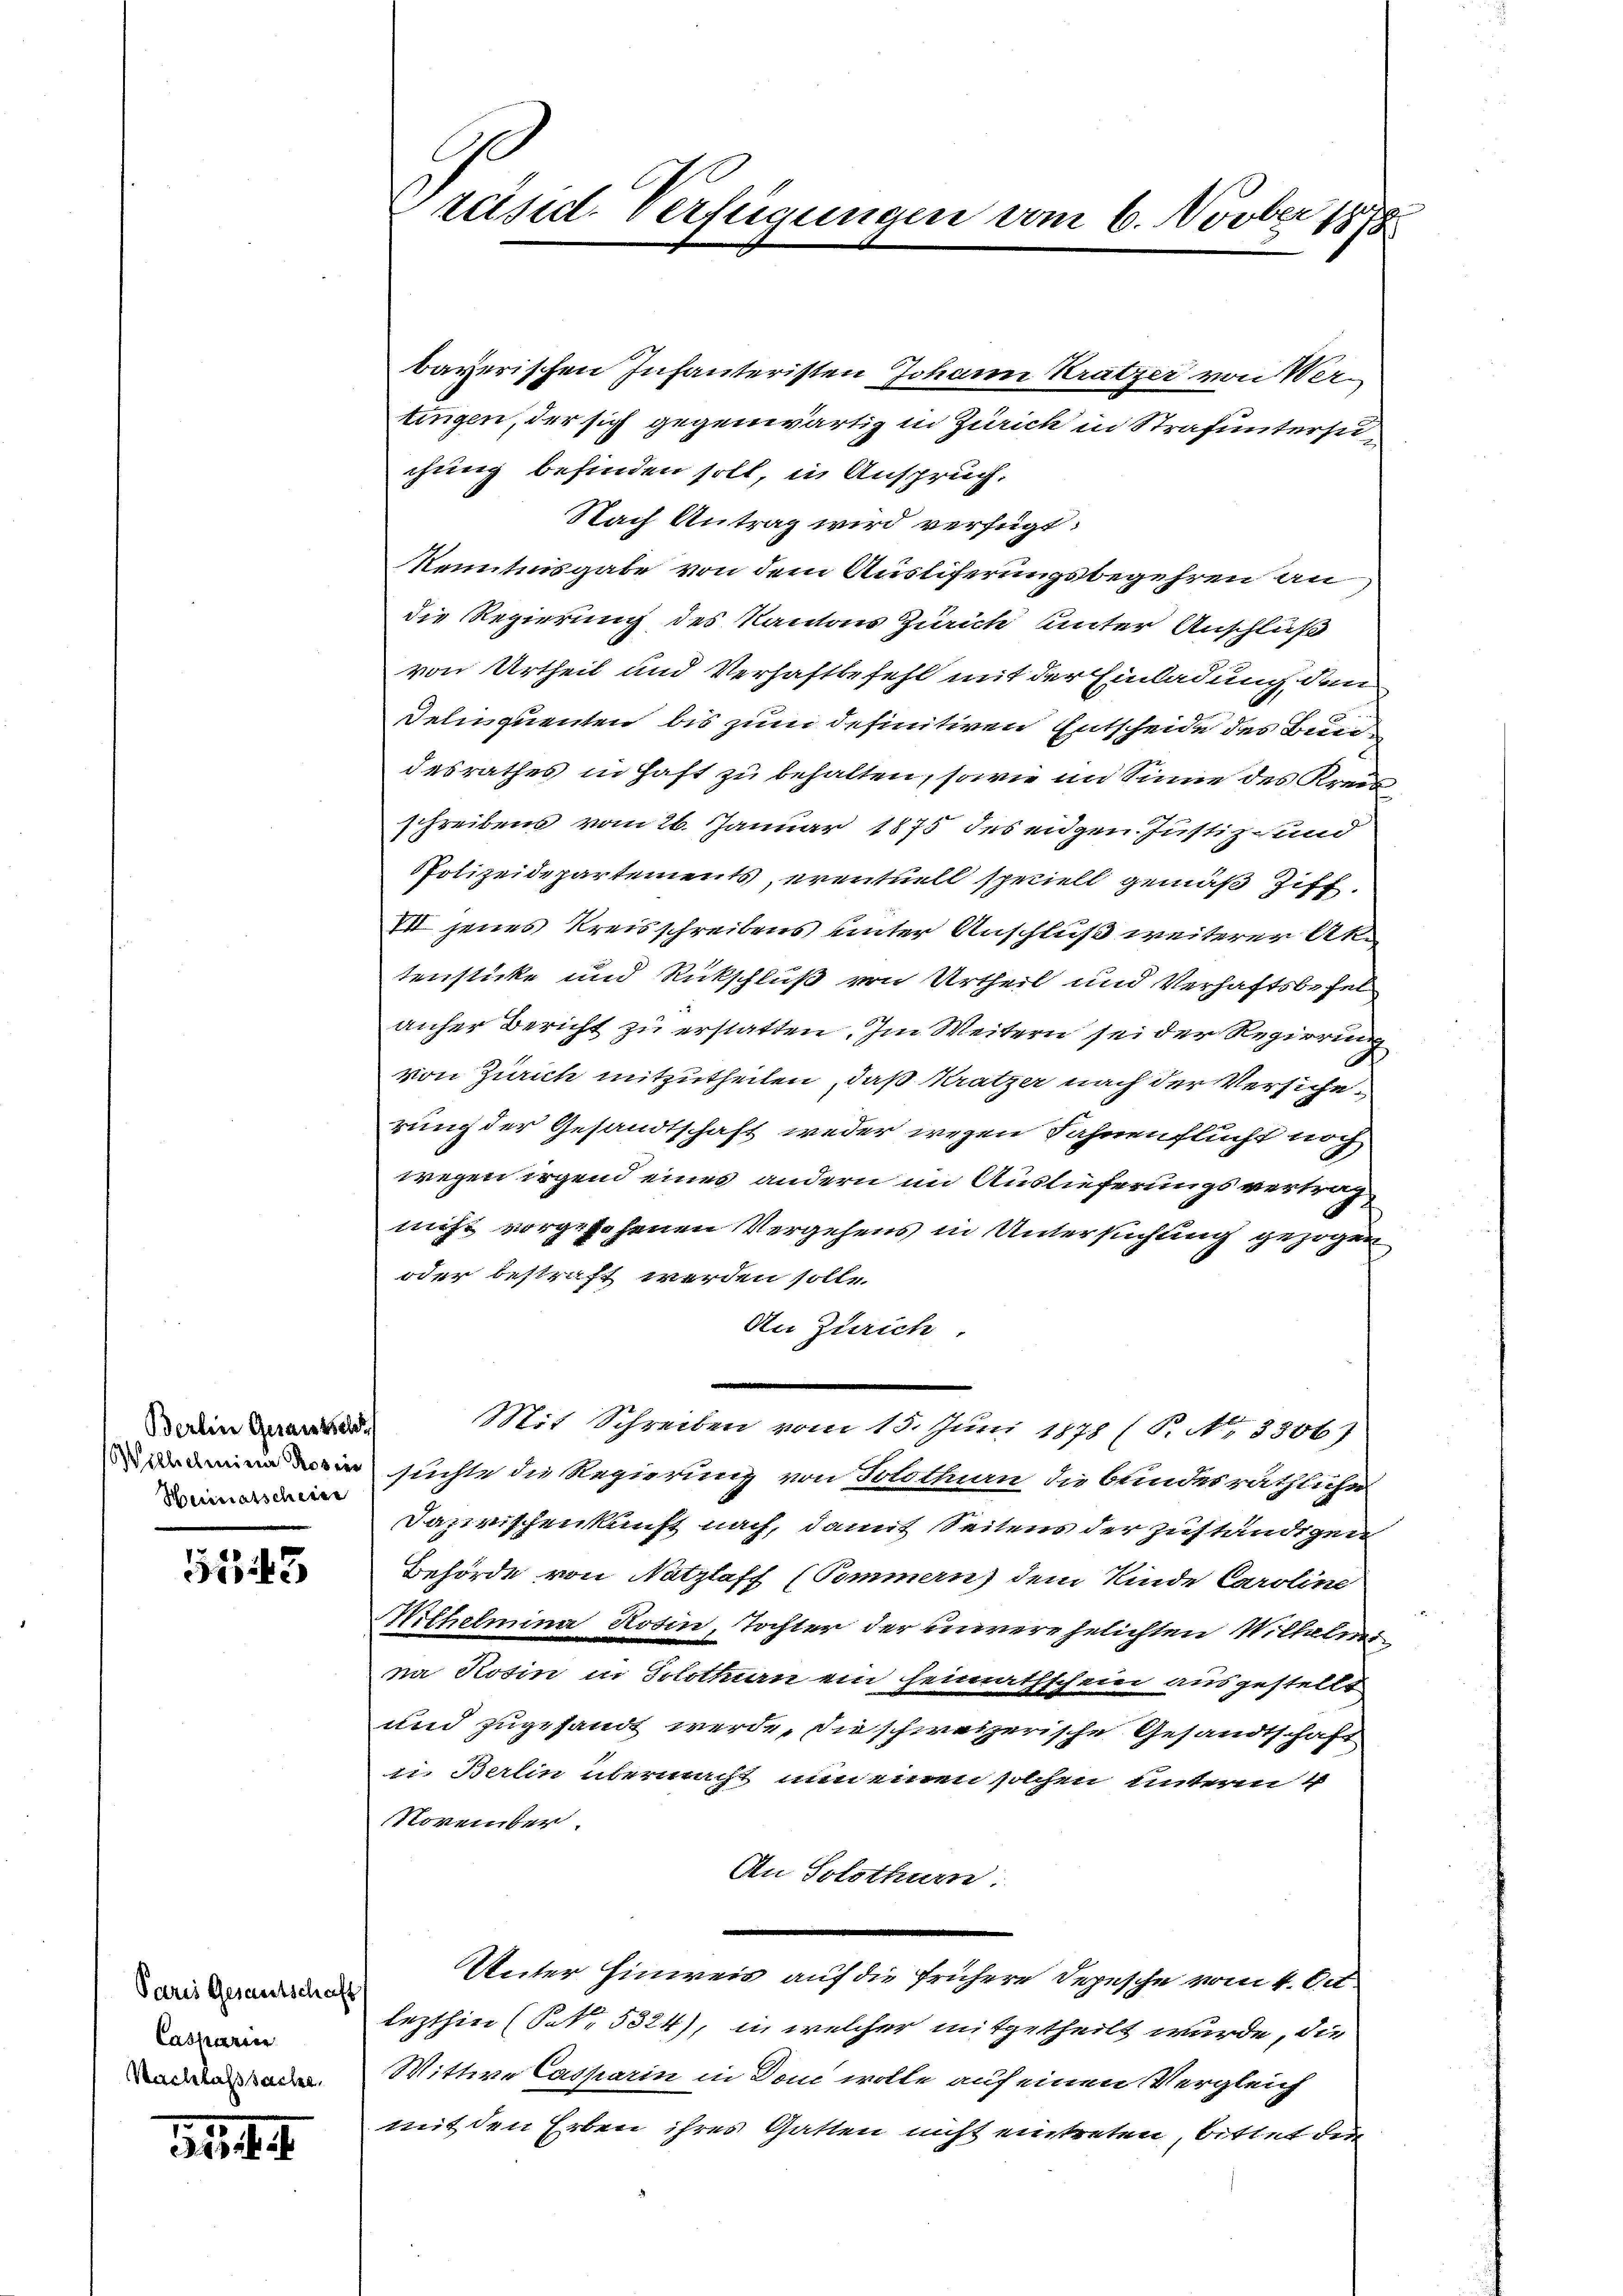
Berlin Gesamtsche
Wilhelminie Rosin
Heimatscheine

5543

Paris Gesamtschaft
Cassari
Nachlaßsache

räsid. Verfügungen vom 6. Novber 1878

bayerischen Infanteristen Johann Krätzer von Vertingen, der sich gegenwärtig in Zürich in Strafuntersuchung befinden soll, in Anspruch.
Nach Antrag wird verfügt:
Kenntnisgabe von dem Austiferungsbegehren an
die Regierung des Kantons Zürich unter Anschluß
von Urtheil und Verhaftbefehl mit der Einladung den
Delinquenten bis zum definitiven Entscheide des Bundesrathes in Haft zu behalten, sowie im Sinne des Kreis
schreibens vom 26. Januar 1875 des eidgen. Justiz- und
Polizeidepartements, eventuell speciell gemäß Ziff.
VII jenes Kreisschreibens unter Anschluß weiterer Aktenstücke und Rückschluß von Urtheil und Verhaftsbefelanher Bericht zu erstatten. Im Weitern sei der Regierung
von Zürich mitzutheilen, daß Krätzer nach der Versiche,
rung der Gesandtschaft weder wegen Fahnenflucht noch
wegen irgend eines andern im Auslieferungsvertrag
nicht vorgesehenen Vergehens in Untersuchung gezogen
oder bestraft werden solle.
An Zürich
Mit Schreiben vom 15. Juni 1878 (P. Nr. 3306)
suchte die Regierung von Solothurn, die bundesräthliche
Dazwischenkunft nach, damit Seitens der zuständigen
Behörde von Natzlaff (Pommern) dem Kinde Caroline
Wilhelmina Rosin, Tochter der unverehelichten Wilhelm
na Rosin in Solothurn ein heimathschein ausgestellt
und zugesandt werde, die schweizerische Gesandtschaft
i. Berlin übermacht nun einen solchen unterm 4
November
An Solothurn
e
Unter Hinweis auf die frühere Depesche vom 4. Oct
lezthin (S. 5324), in welcher mitgetheilt wurde, die
Wittwe Casparin in Don wolle auf einen Vergleich
mit den Erben ihres Gatten nicht eintreten, bittet der